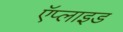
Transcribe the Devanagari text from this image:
ऍप्लाइड